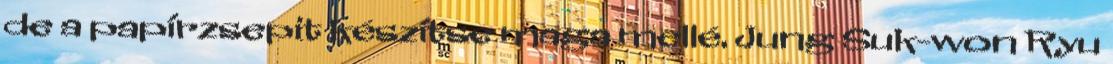
de a papírzsepit készítse maga mellé. Jung Suk-won Ryu